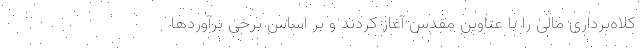
کلاه‌برداری مالی را با عناوین مقدس آغاز کردند و بر اساس برخی برآوردها